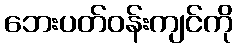
ဘေးပတ်ဝန်းကျင်ကို